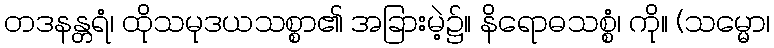
တဒနန္တရံ၊ ထိုသမုဒယသစ္စာ၏ အခြားမဲ့၌။ နိရောဓသစ္စံ၊ ကို။ (သမ္မော၊